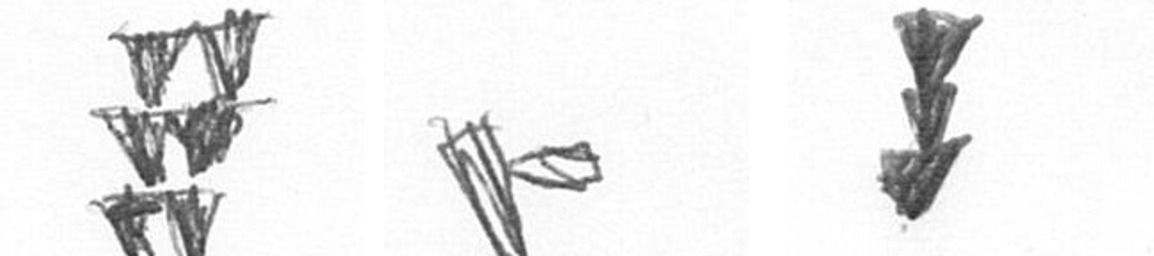
Y F E